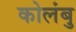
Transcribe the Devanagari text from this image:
कोलंबु